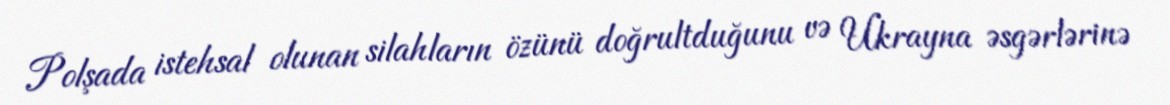
Polşada istehsal olunan silahların özünü doğrultduğunu və Ukrayna əsgərlərinə